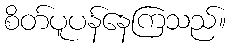
စိတ်ပူပန်နေကြသည်။